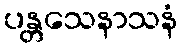
ပန္တသေနာသနံ